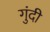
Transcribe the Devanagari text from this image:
गुंदी